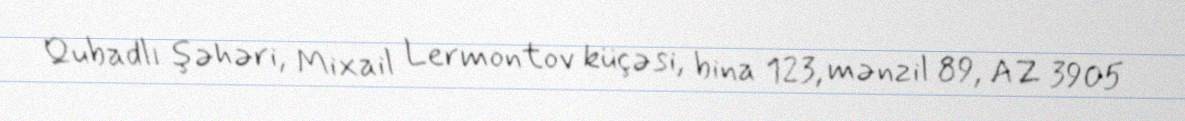
Qubadlı şəhəri, Mixail Lermontov küçəsi, bina 123, mənzil 89, AZ 3905